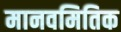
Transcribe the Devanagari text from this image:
मानवमितिक